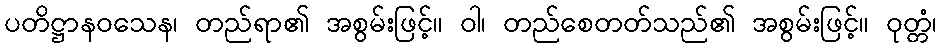
ပတိဋ္ဌာနဝသေန၊ တည်ရာ၏ အစွမ်းဖြင့်။ ဝါ၊ တည်စေတတ်သည်၏ အစွမ်းဖြင့်။ ဝုတ္တံ၊